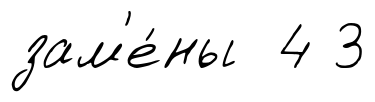
зам'е́ны 4 3